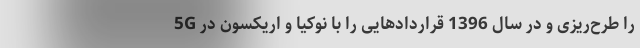
5G را طرح‌ریزی و در سال 1396 قراردادهایی را با نوکیا و اریکسون در